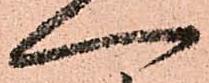
へ